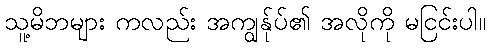
သူ့မိဘများ ကလည်း အကျွန်ုပ်၏ အလိုကို မငြင်းပါ။